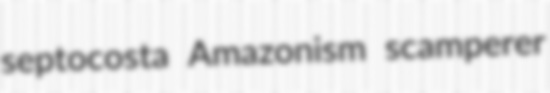
septocosta Amazonism scamperer